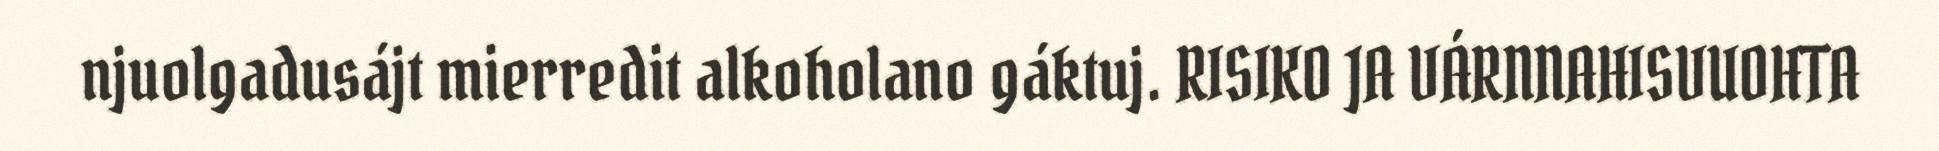
njuolgadusájt mierredit alkoholano gáktuj. RISIKO JA VÁRNNAHISVUOHTA